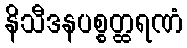
နိသီဒနပစ္စတ္ထရဏံ